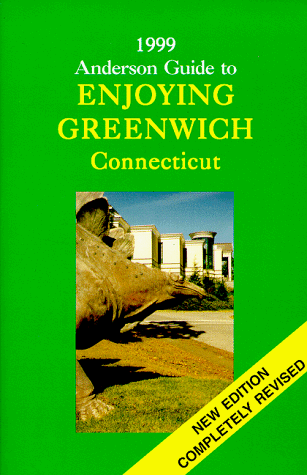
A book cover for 1999 Anderson Guide To Enjoying Greenwich Connecticut; Carolyn Anderson; Travel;